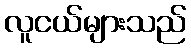
လူငယ်များသည်